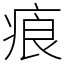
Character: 㾗